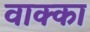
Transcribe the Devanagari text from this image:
वाक्का